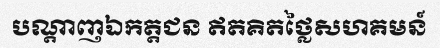
បណ្តាញឯកត្តជន ឥតគិតថ្លៃសហគមន៍